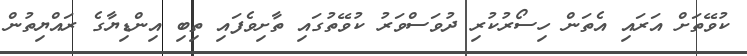
ކުވޭތަށް އަރައި އެތަން ހިސޯރުކުރި ދުވަސްވަރު ކުވޭތުގައި ތާށިވެފައި ތިބި އިންޑިޔާގެ ރައްޔިތުން